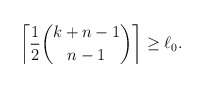
\begin{align*}\left \lceil \frac{1}{2} \binom{k+n-1}{n-1} \right \rceil \ge \ell_0. \end{align*}